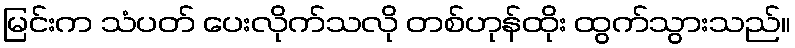
မြင်းက သံပတ် ပေးလိုက်သလို တစ်ဟုန်ထိုး ထွက်သွားသည်။